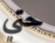
حتي